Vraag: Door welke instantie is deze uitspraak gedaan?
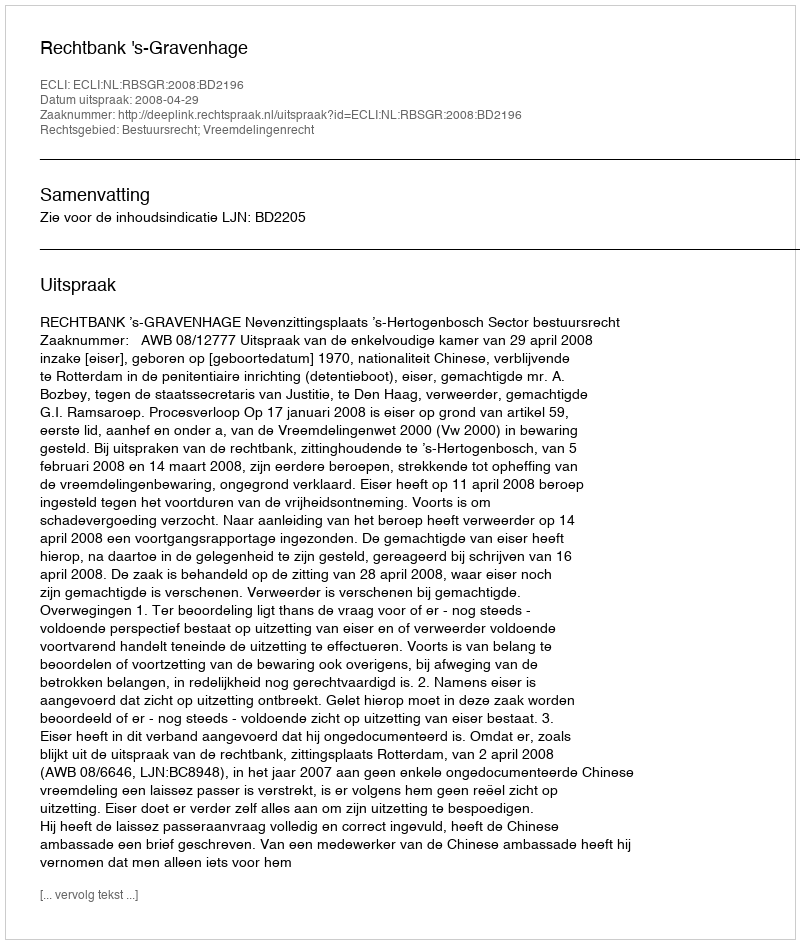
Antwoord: Rechtbank 's-Gravenhage